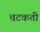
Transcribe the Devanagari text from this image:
चटकती